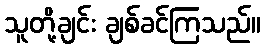
သူတို့ချင်း ချစ်ခင်ကြသည်။